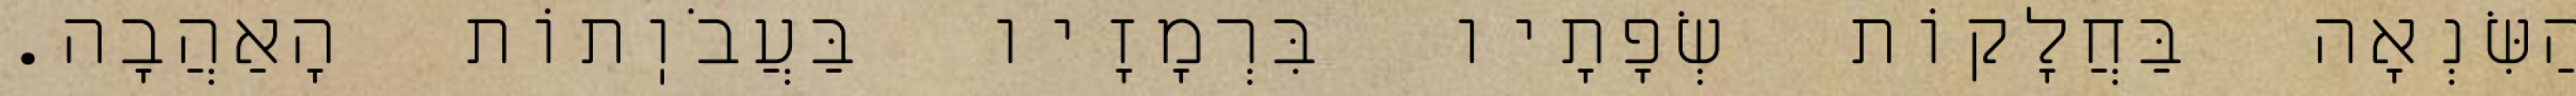
הַשִּׂנְאָה בַּחֲלָקוֹת שְׂפָתָיו בִּרְמָזָיו בַּעֲבֹוֽתוֹת הָאַהֲבָה.